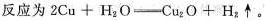
反应为2Cu+H_{2}O \xlongequal[]{} Cu_{2}O+H_{2} \uparrow。